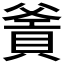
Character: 𤕙